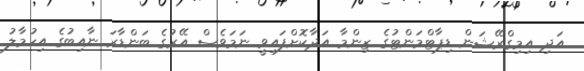
އަދި އިމިގްރޭޝަން ޑިޕާޓްމަންޓުގެ ޒިންމާ އަދާކޮށްފައިވީ ނަމަވެސް އޭރުގެ ބަންޑާރަ ނާއިބުގެ އިހުމާލު